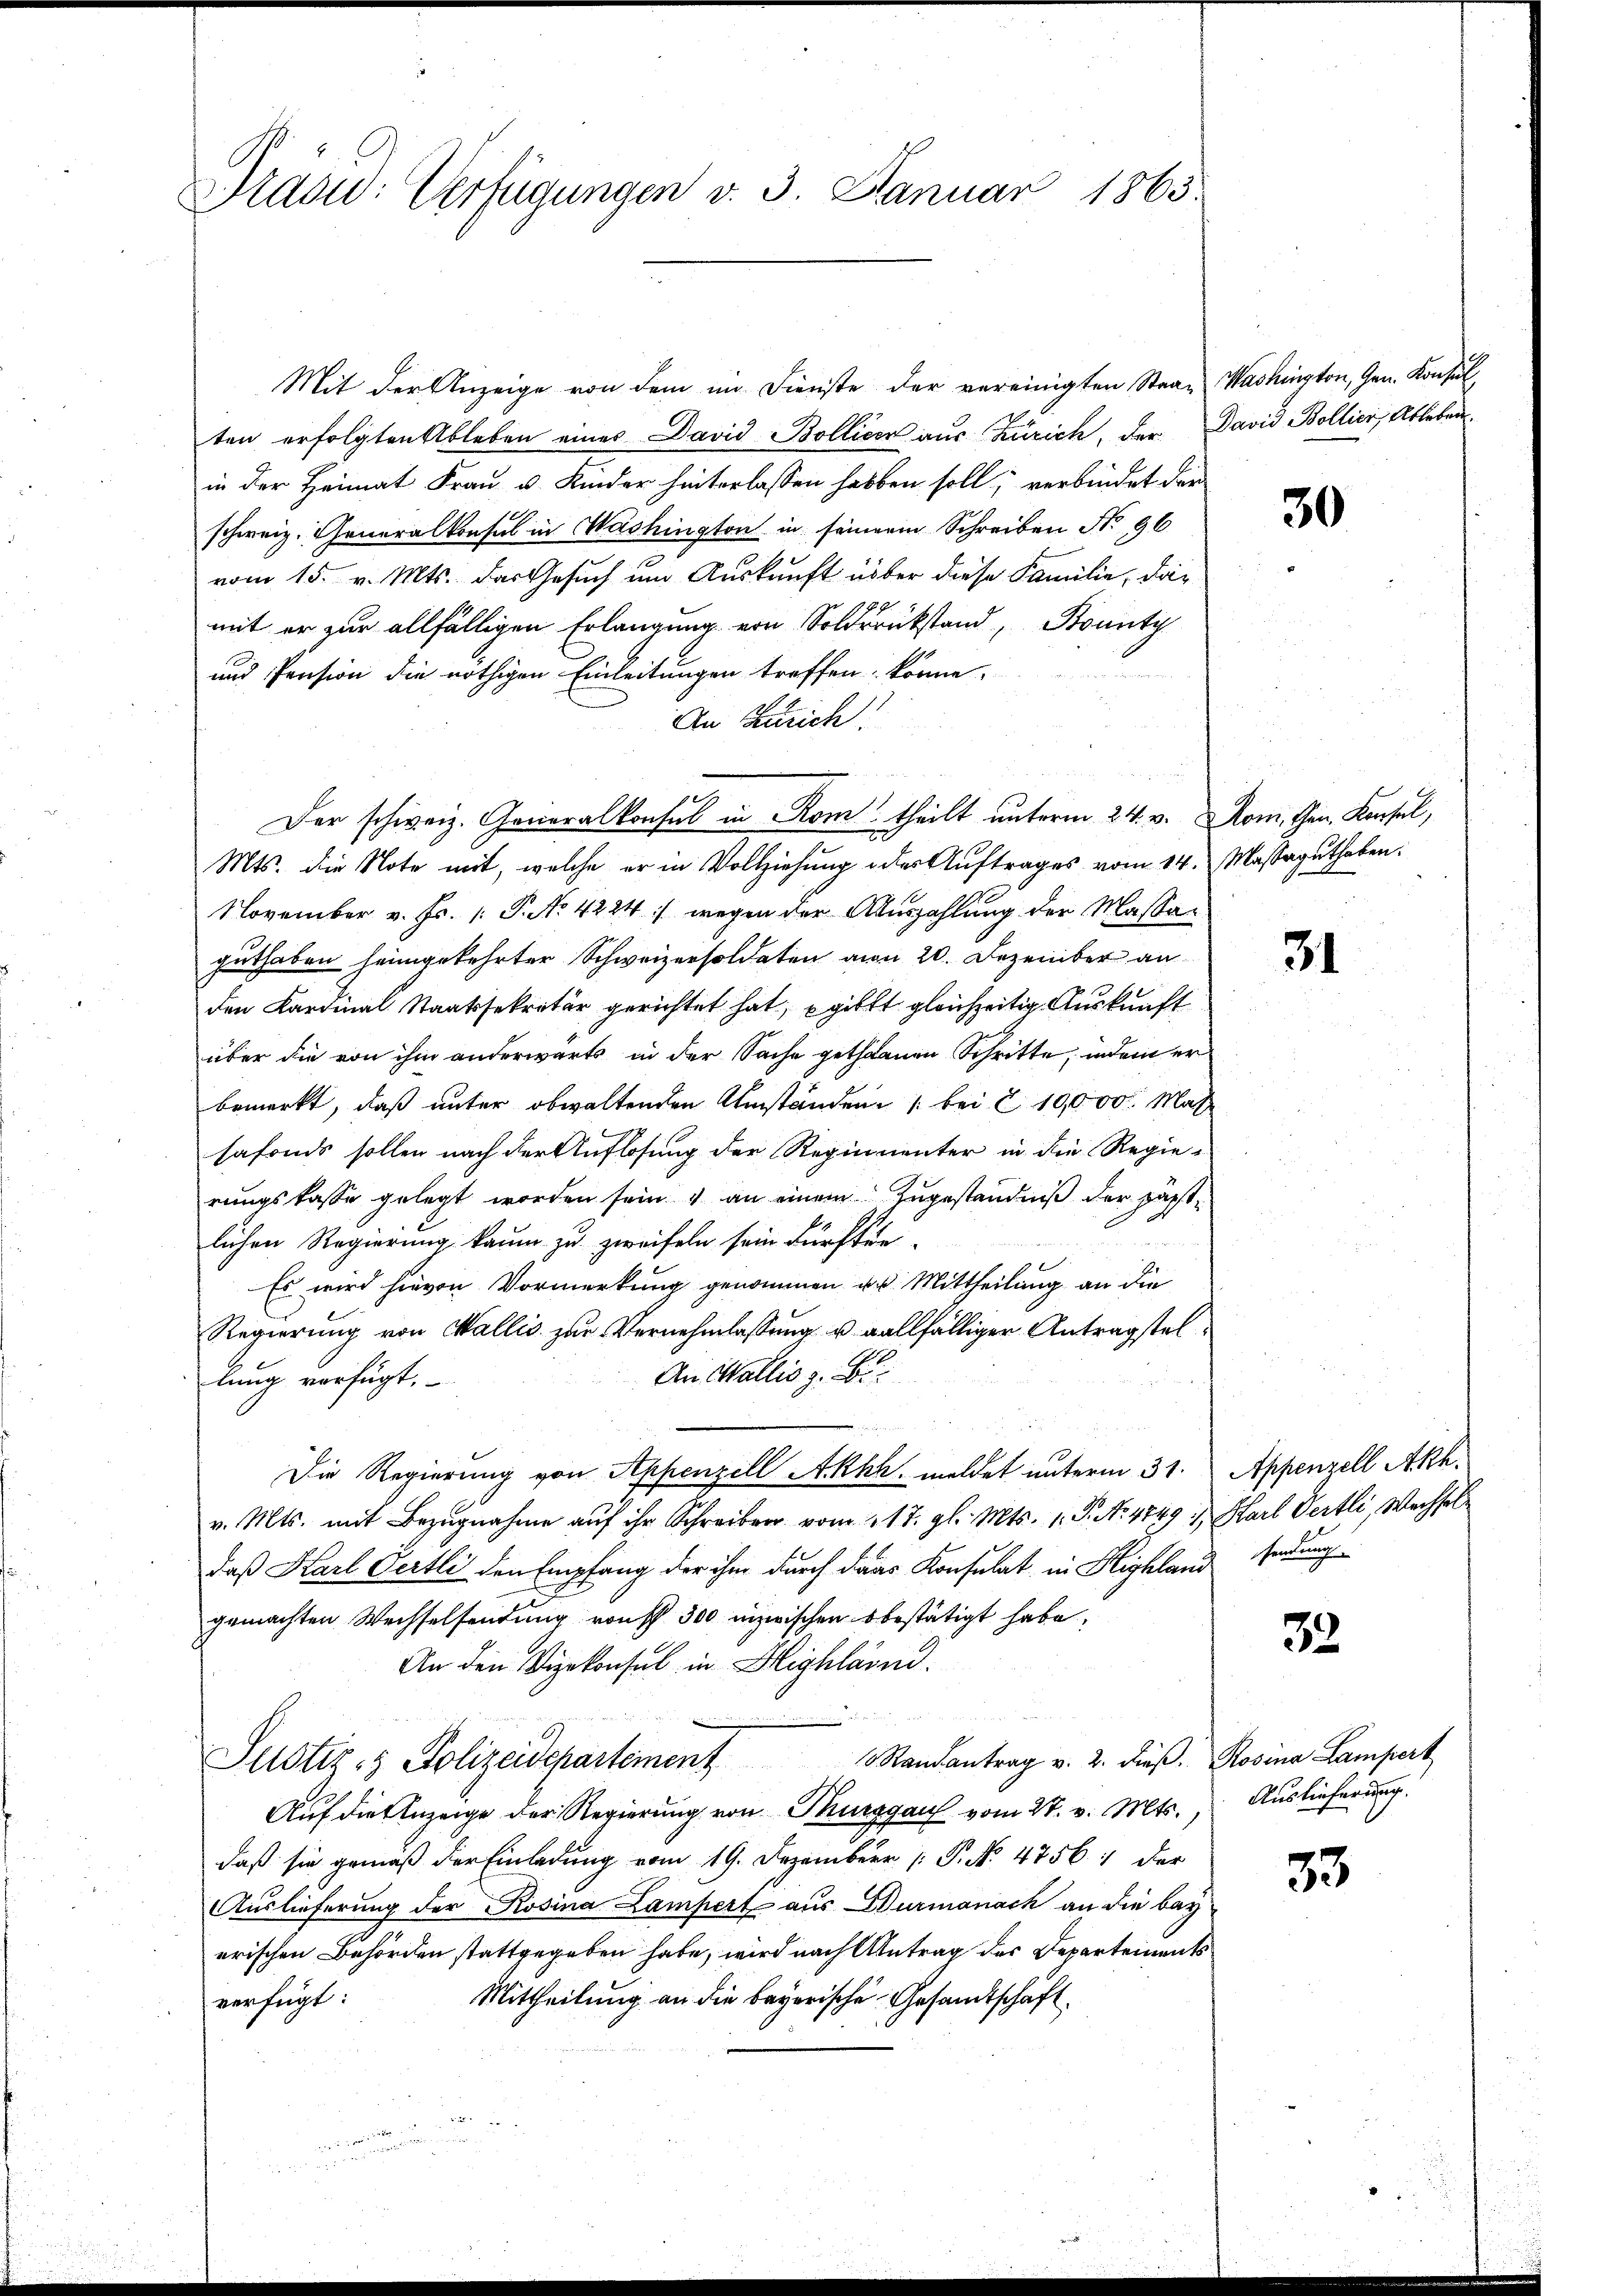
Prad: Verfügungen v. 3. Januar 1863.

Mit der Anzeige von dem im Dienste der vereinigten Stra- Washington, Gen. Konsul
ten erfolgten Ableben eines David Bolliser aus Zürich, der David Bollier, Ablebenin der Heimat Frau u. Kinder hinterlassen haben soll; verbindet der
schweiz. Generalkonsul in Washington in seinem Schreiben No 96
vom 15. v. Mts. das Gesuch um Auskunft über diese Familie, dar
mit er zur allfälligen Erlangung von Soldrückstand, Bounty
und Pension die nöthigen Einleitungen treffen könne.
An Zürich:
Der schweiz. Generalkonsul in Rom theilt unterm 24. v. Rom, then. Konsul,
Mts. die Note mit, welche er in Vollziehung oder Auftrages vom 14. Massaguthaben.
November v. Fr. 1. P. No 4224 :/ wegen der Auszahlung der Massaguthaben heimgekehrter Schweizersoldaten von 20. Dezember an
den Kardinal Staatssekretär gerichtet hat, gibt gleichzeitig Auskunft
über die von ihm anderwärts in der Sache gethanen Schritte, indem er
bemerkt, daß unter obwaltenden Umständen (bei § 10,000 Mas
safonds sollen nach der Auflösung der Reginnenter in die Regie-
rungskasse gelegt worden sein & an einem Zugeständniß der Jägstlichen Regierung kaum zu zweifeln sein dürften.
Es wird hievon Vormerkung genommen u. Mittheilung an die
Regierung von Wallis zur Vernehmlassung u. allfälliger Antragstel¬
An Wallis z. B
lung verfügt,
Die Regierung von Appenzell Akkh, meldet unterm 31. Appenzell Akh.
v. Mts. mit Bezugnahme auf ihr Schreiben vom 117. gl. Mts. 1. P. No 4849 u Karl Oertli, Wechsel
daß Karl Oertli den Empfang der ihm durch dans Konsulat in Highland sendung
gemachten Wechselsendung von 300 inzwischen bestätigt habe,
An den Vizekonsul in Highland.
Justiz- & Polizeidepartement Randantrag v. 2. dieβ. Rosina Lampert
Auf die Anzeige der Regierung von Thurgau vom 27. v. Mts.,
daß sie gemäß der Einladung vom 19. Dezemberr P. No. 47561 der
Auslieferung der Rosina Lampert aus Durmanach an die bey
erischen Behörden stattgegeben habe, wird nach Antrag des Departements
Mittheilung an die bayerische Gesandtschaft
verfügt:
.
 eben seine er seine

30

31

32.

Auslieferung.

33